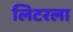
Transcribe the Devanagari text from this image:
लिटरला